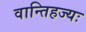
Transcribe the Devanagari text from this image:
वान्तिहज्यः